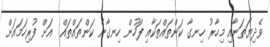
ވެދިޔަތަނާއި މިހާރު ހިނގާ ކަންތައްތަކާއި ފަހުން ހިނގާނެ ކަންތައްތައް  އަށް ފުރިހަމައަށް